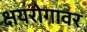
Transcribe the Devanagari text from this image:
क्षयरोगावर